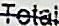
TOTAL